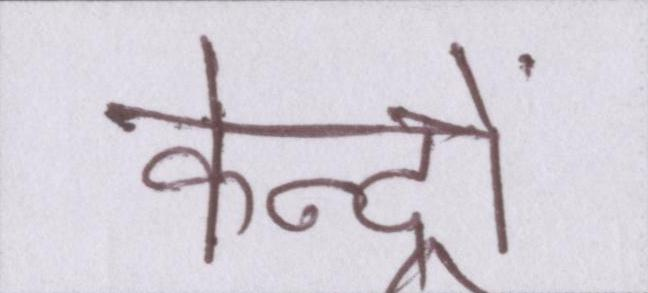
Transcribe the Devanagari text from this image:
केन्द्रों